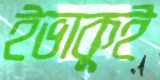
ইভাকুই